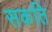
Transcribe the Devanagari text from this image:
सकति